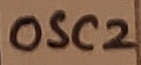
Text: OSC2